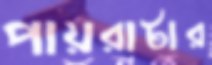
পায়রাটার